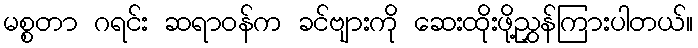
မစ္စတာ ဂရင်း ဆရာဝန်က ခင်ဗျားကို ဆေးထိုးဖို့ညွှန်ကြားပါတယ်။